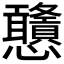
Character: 𢦀